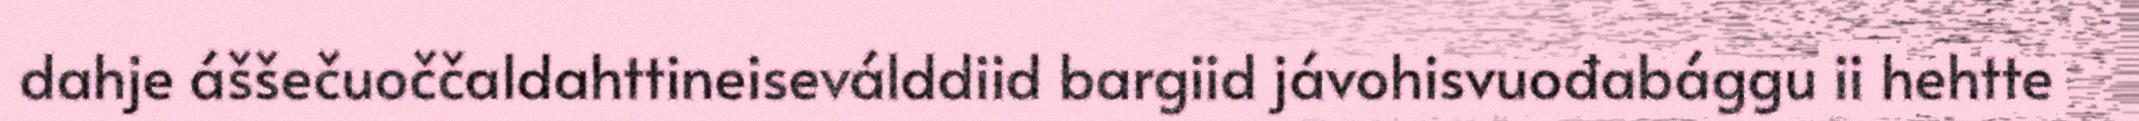
dahje áššečuoččaldahttineiseválddiid bargiid jávohisvuođabággu ii hehtte